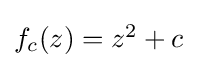
{\textstyle f_{c}(z)=z^{2}+c}